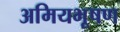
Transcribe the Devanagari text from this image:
अमियभूषण